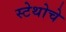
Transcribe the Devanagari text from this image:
स्टेथोचे